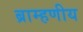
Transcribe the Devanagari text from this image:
ब्राम्हणीय